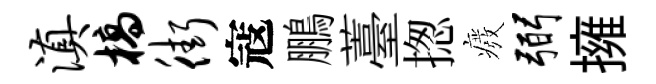
滇槁街寇鵬薹揔癈弼擁